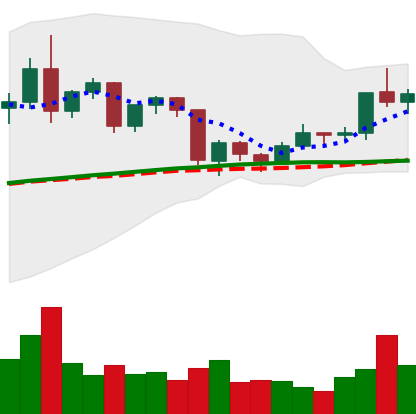
Ticker: TRX-USD
Chart end date: 2020-12-18
Forward return: -20.226%
Label: down_7plus